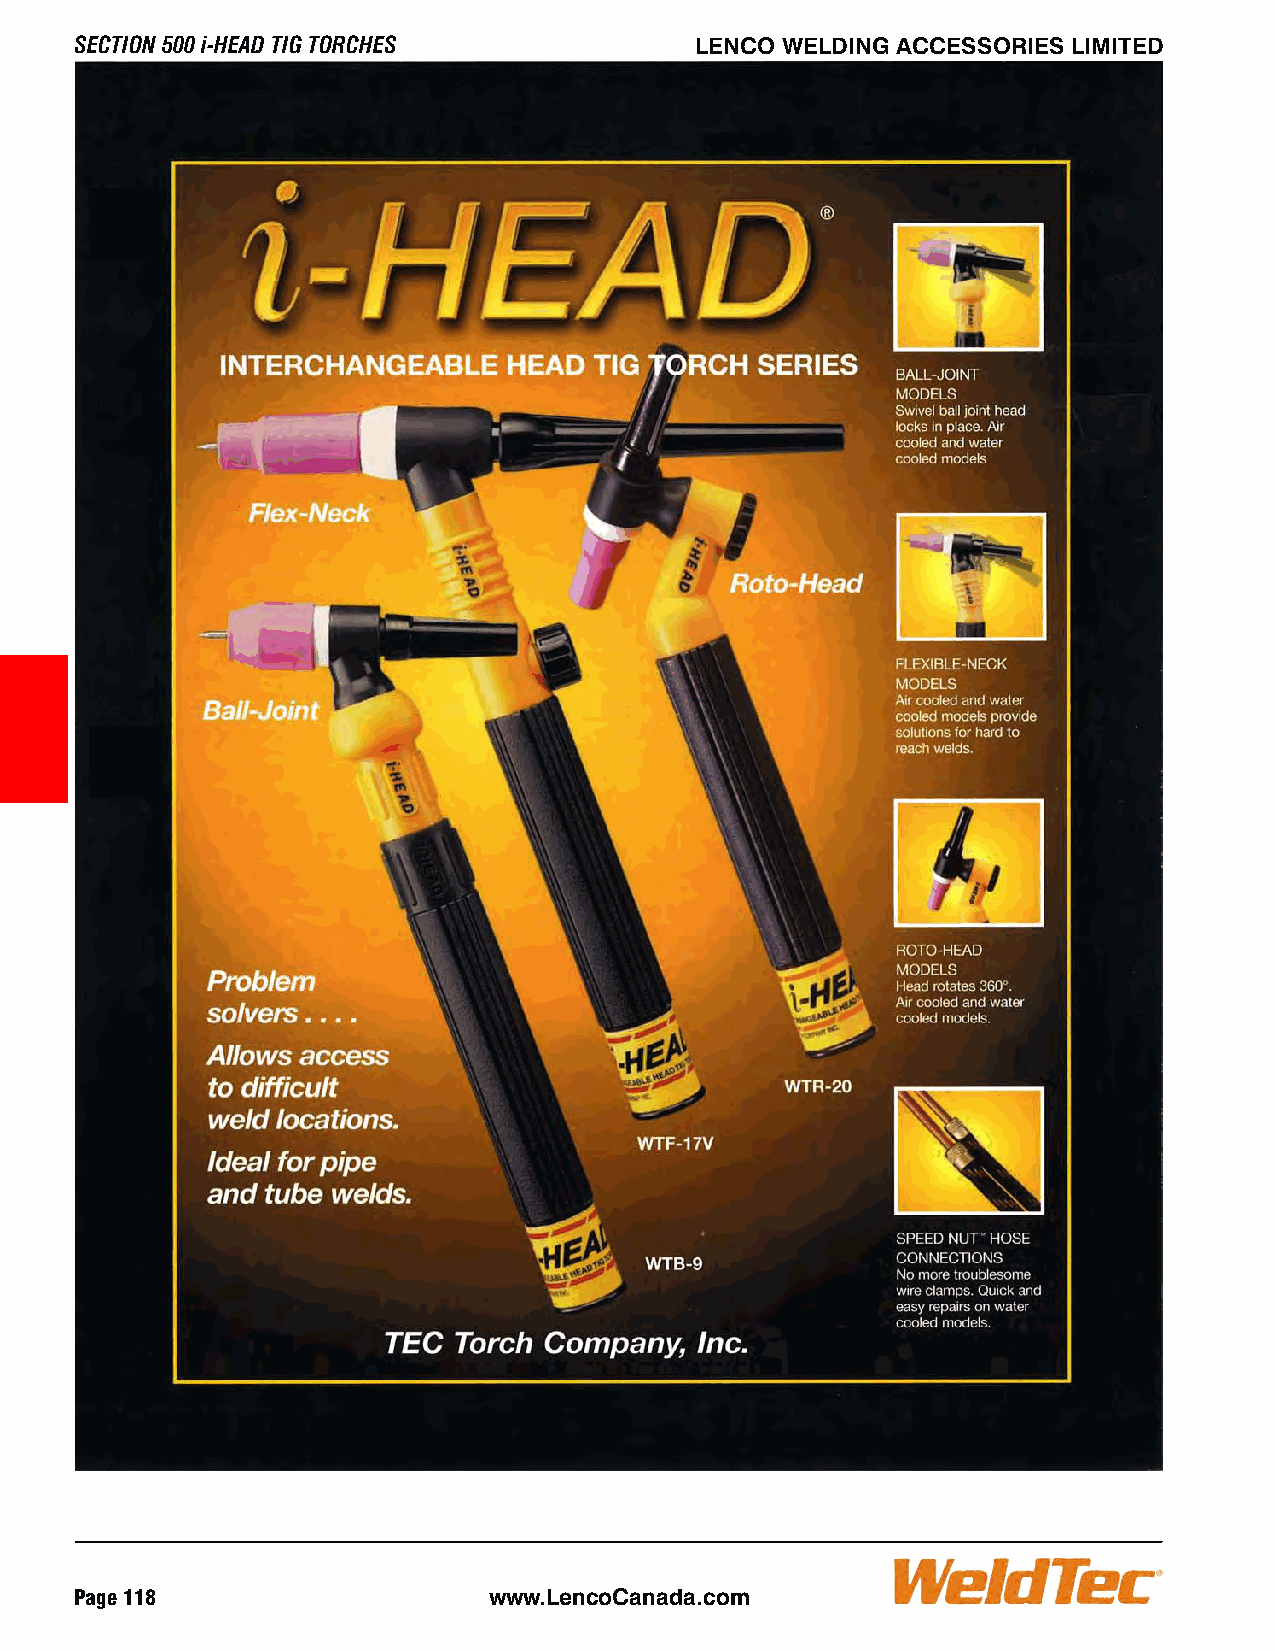
SECTION 500 i-HEAD TIG TORCHES           LENCO WELDING ACCESSORIES LIMITED             LENCO WELDING ACCESSORIES LIMITED                  SECTION 500 i-HEAD TIG TORCHES
 Page 118                   www.LencoCanada.com                                                                    www.LencoCanada.com                    Page 119